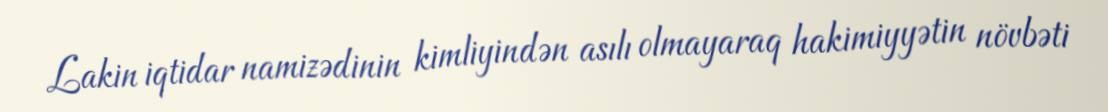
Lakin iqtidar namizədinin kimliyindən asılı olmayaraq hakimiyyətin növbəti